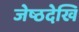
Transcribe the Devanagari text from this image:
जेष्ठदेखि